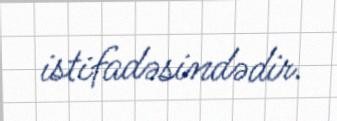
istifadəsindədir.